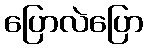
ပြောလဲပြော